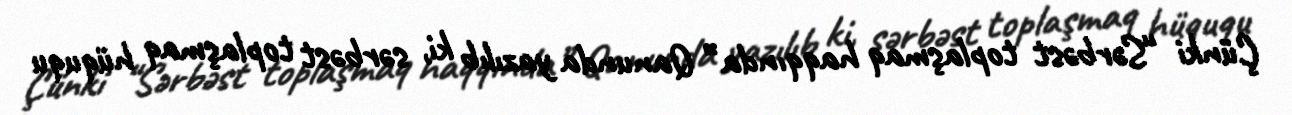
Çünki “Sərbəst toplaşmaq haqqında” Qanunda yazılıb ki, sərbəst toplaşmaq hüququ